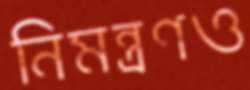
নিমন্ত্রণও